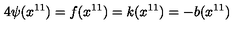
4 \psi ( x ^ { 1 1 } ) = f ( x ^ { 1 1 } ) = k ( x ^ { 1 1 } ) = - b ( x ^ { 1 1 } )